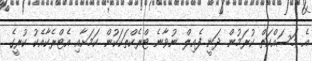
އެ މަސައްކަތް ކުރަމުން ދަނީ ފެއިލް ނުވާނެ ޓްރެކްތަކަކުން ކަމަށާއި އެޓްރެކާއެކު ކުރީގެ